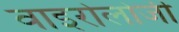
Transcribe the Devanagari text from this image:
वाइरोलोजी